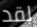
لقد